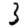
Digit: 3